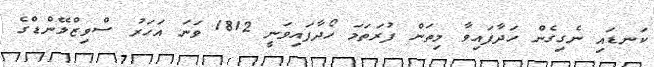
ކަނޑައި ނެގިގެން ހަދާފައިވާ މިތަން ފުރަތަމަ ހޯދާފައިވަނީ 1812 ވަނަ އަހަރު ސްވިޒްލޭންޑްގެ